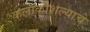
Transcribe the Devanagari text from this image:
कलाकौशल्याचे